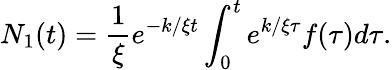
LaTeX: N_{1}(t)=\frac{1}{\xi}e^{-k/\xi t}\int_{0}^{t}e^{k/\xi\tau}f(\tau)d\tau.